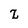
Character: Z